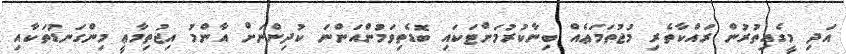
އަދި މީގެއިތުރުން ރައްކާތެރި މުޖުތަމަޢެއް ބިނާކުރުމަށްޓަކައި ބޮޑެތިވަމުންއަންނަ ކުދިންނަށް އާންމު އިޖުތިމާޢީ މިންގަނޑުތަކާއި